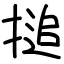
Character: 搥